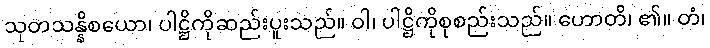
သုတသန္နိစယော၊ ပါဋ္ဌိကိုဆည်းပူးသည်။ ဝါ၊ ပါဋ္ဌိကိုစုစည်းသည်။ ဟောတိ၊ ၏။ တံ၊